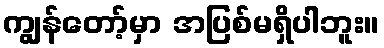
ကျွန်တော့်မှာ အပြစ်မရှိပါဘူး။